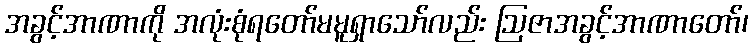
အခွင့်အာဏာကို အလုံးစုံရတော်မမူရှာသော်လည်း ဩဇာအခွင့်အာဏာတော်၊